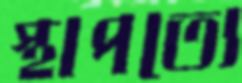
স্থাপত্যে